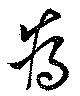
爲